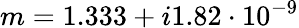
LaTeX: m=1.333+i1.82\cdot 10^{-9}